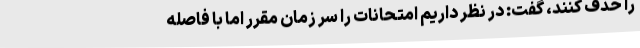
را حذف کنند، گفت: در نظر داریم امتحانات را سر زمان مقرر اما با فاصله